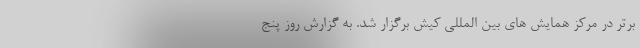
برتر در مرکز همایش های بین المللی کیش برگزار شد. به گزارش روز پنج